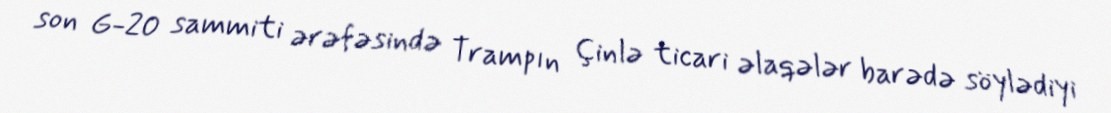
son G-20 sammiti ərəfəsində Trampın Çinlə ticari əlaqələr barədə söylədiyi